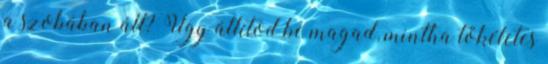
a szobában áll? Úgy állítod be magad, mintha tökéletes